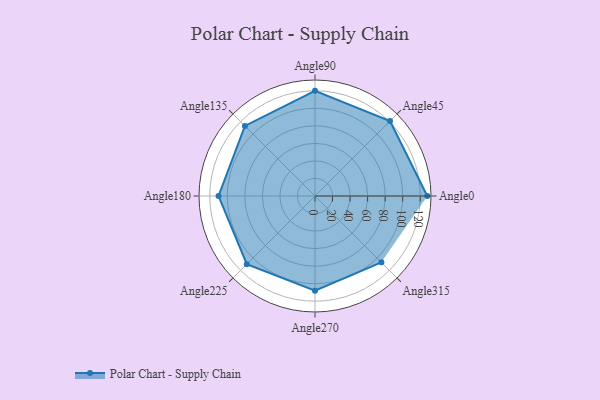
{"axis": {"x": "Angle", "y": "Radius"}, "legend": [""], "data": [{"x": "Angle0", "y": 128.0, "type": ""}, {"x": "Angle45", "y": 121.0, "type": ""}, {"x": "Angle90", "y": 120.0, "type": ""}, {"x": "Angle135", "y": 113.0, "type": ""}, {"x": "Angle180", "y": 110.0, "type": ""}, {"x": "Angle225", "y": 110.0, "type": ""}, {"x": "Angle270", "y": 108.0, "type": ""}, {"x": "Angle315", "y": 107.0, "type": ""}]}